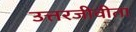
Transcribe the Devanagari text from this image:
उत्तरजीवीता